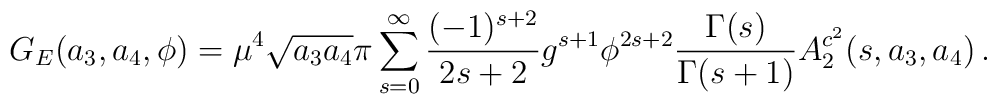
G_{E}(a_{3},a_{4},\phi)=\mu^{4}\sqrt{a_{3}a_{4}}\pi\sum^{\infty}_{s=0}\frac{(-1)^{s+2}}{2s+2}g^{s+1}\phi^{2s+2}\frac{\Gamma(s)}{\Gamma(s+1)}A^{c^{2}}_{2}(s,a_{3},a_{4})\, .